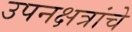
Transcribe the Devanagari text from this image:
उपनक्षत्रांचे